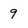
Character: 9